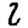
Digit: 2